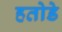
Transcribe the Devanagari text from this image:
हतोडे